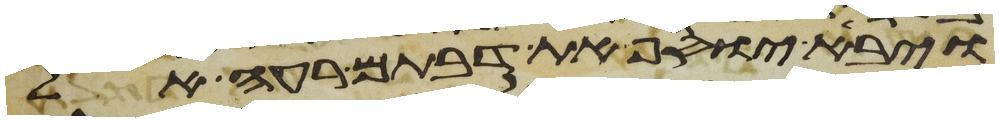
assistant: ויבא יוסף את דבתם רעה אל